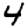
Digit: 4